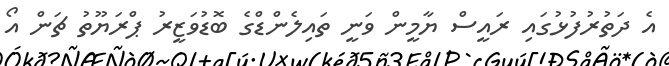
އެ ދަތުރުފުޅުގައި ރައީސް ޔާމީން ވަނީ ތައިލެންޑްގެ ބޮޑުވަޒީރު ޕްރަޔޫތު ޗަން އޯ